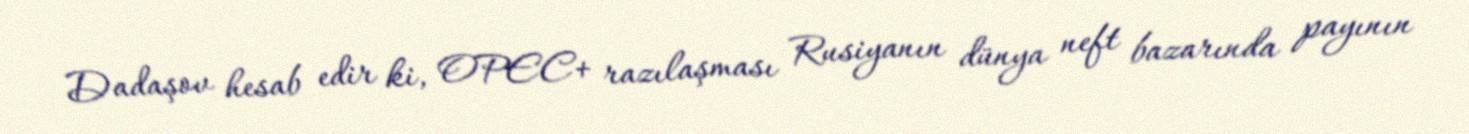
Dadaşov hesab edir ki, OPEC+ razılaşması Rusiyanın dünya neft bazarında payının